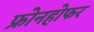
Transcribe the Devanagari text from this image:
फ्रोनहोफर